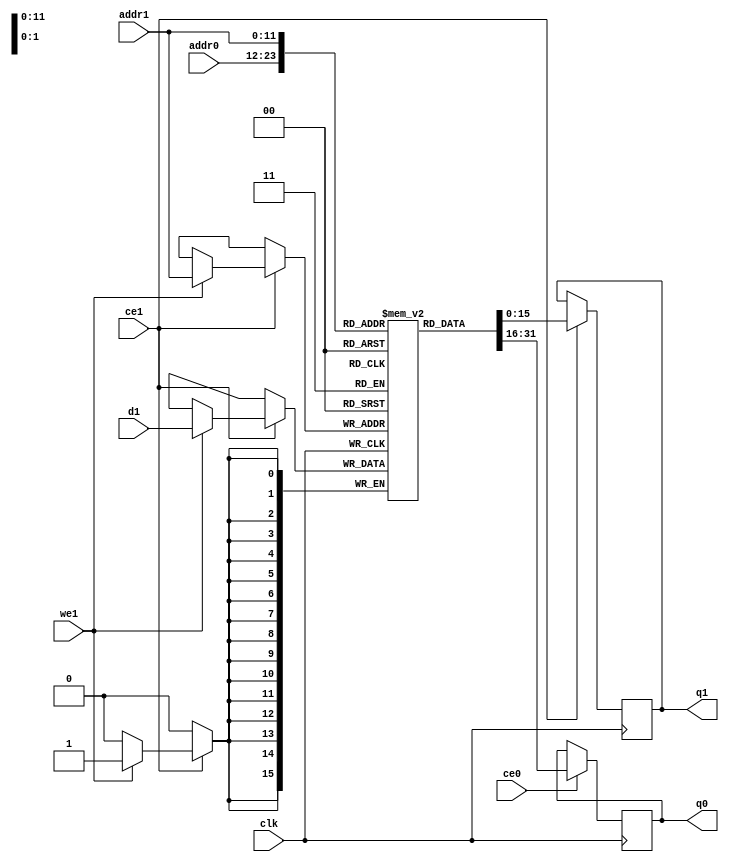
`define EXPONENT 5
`define MANTISSA 10
`define ACTUAL_MANTISSA 11
`define EXPONENT_LSB 10
`define EXPONENT_MSB 14
`define MANTISSA_LSB 0
`define MANTISSA_MSB 9
`define MANTISSA_MUL_SPLIT_LSB 3
`define MANTISSA_MUL_SPLIT_MSB 9
`define SIGN 1
`define SIGN_LOC 15
`define DWIDTH (`SIGN+`EXPONENT+`MANTISSA)
`define IEEE_COMPLIANCE 1

module td_fused_top_tdf7_l2_filters_0_ram (addr0, ce0, q0, addr1, ce1, d1, we1, q1,  clk);

parameter DWIDTH = 16;
parameter AWIDTH = 12;
parameter MEM_SIZE = 4096;

input[AWIDTH-1:0] addr0;
input ce0;
output reg[DWIDTH-1:0] q0;
input[AWIDTH-1:0] addr1;
input ce1;
input[DWIDTH-1:0] d1;
input we1;
output reg[DWIDTH-1:0] q1;
input clk;

 reg [DWIDTH-1:0] ram[MEM_SIZE-1:0];




always @(posedge clk)  
begin 
    if (ce0) begin
        q0 <= ram[addr0];
    end
end


always @(posedge clk)  
begin 
    if (ce1) begin
        if (we1) 
            ram[addr1] <= d1; 
        q1 <= ram[addr1];
    end
end


endmodule